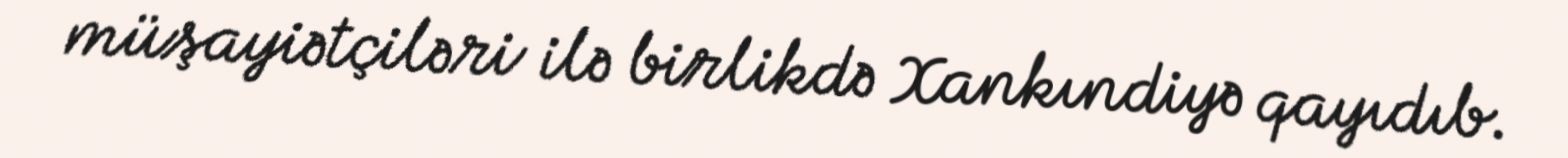
müşayiətçiləri ilə birlikdə Xankındiyə qayıdıb.